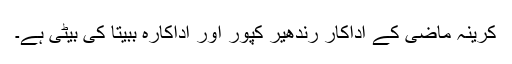
کرینہ ماضی کے اداکار رندھیر کپور اور اداکارہ ببیتا کی بیٹی ہے۔